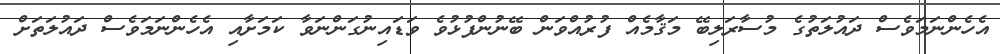
އެހެންނަމަވެސް ދައުލަތުގެ މުސާރަލިބޭ މަޤާމެއް ފުރުއްވަން ބޭނުންފުޅުވެ ވަޑައިނުގަންނަވާ ކަމަށާއި އެހެންނަމަވެސް ދައުލަތަށް